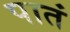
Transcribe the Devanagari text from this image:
पातं